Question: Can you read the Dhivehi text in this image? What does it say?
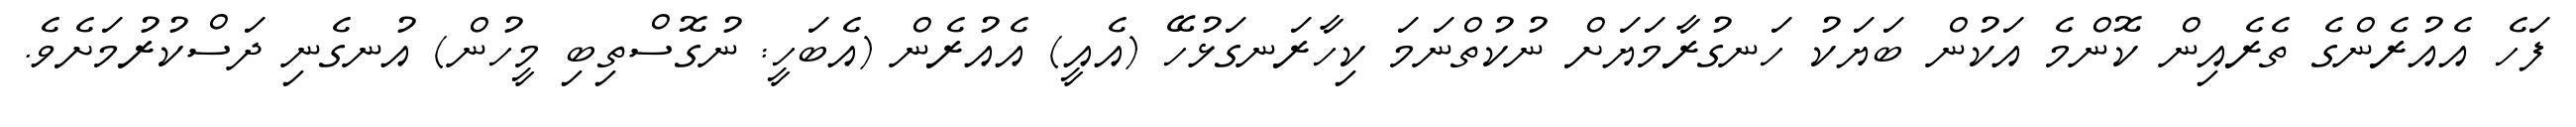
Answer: ފަހެ އެއުރެންގެ ތެރެއިން ކޮންމެ އަކުން ބަޔަކު ހަނގުރާމަޔަށް ނުކުތްނަމަ ކިހާރަނގަޅުހޭ (އެއީ) އެއުރެން (އެބަހީ: ނުގޮސްތިބި މީހުން) އުނގެނި ދަސްކުރުމަށެވެ.